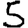
Digit: 5